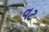
વટ